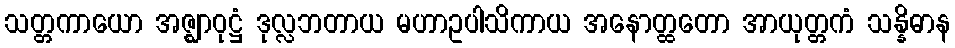
သတ္တကာယော အဇ္ဈာဝုဋ္ဌံ ဒုလ္လဘတာယ မဟာဥပါသိကာယ အနောတ္ထတော အာယုတ္တကံ သန္နိဓာန